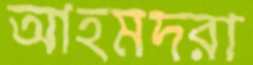
আহমদরা